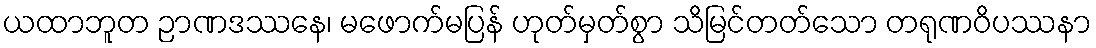
ယထာဘူတ ဉာဏဒဿနေ၊ မဖောက်မပြန် ဟုတ်မှတ်စွာ သိမြင်တတ်သော တရုဏဝိပဿနာ